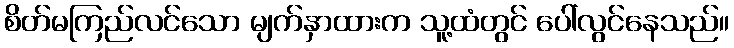
စိတ်မကြည်လင်သော မျက်နှာထားက သူ့ထံတွင် ပေါ်လွင်နေသည်။